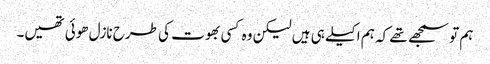
ہم تو سمجھے تھے کہ ہم اکیلے ہی ہیں لیکن وہ کسی بھوت کی طرح نازل ھوئی تھیں۔